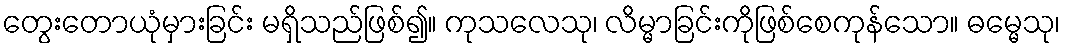
တွေးတောယုံမှားခြင်း မရှိသည်ဖြစ်၍။ ကုသလေသု၊ လိမ္မာခြင်းကိုဖြစ်စေကုန်သော။ ဓမ္မေသု၊